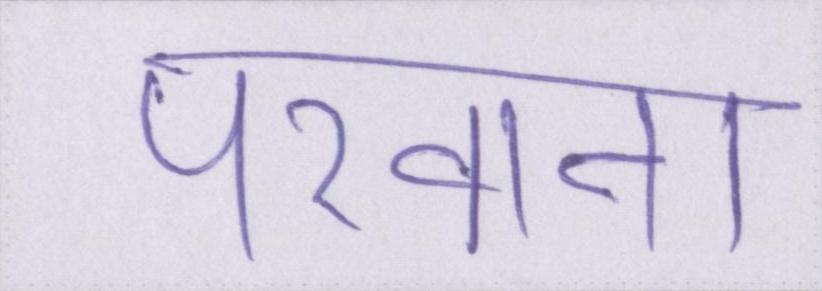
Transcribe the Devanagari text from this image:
परवाना